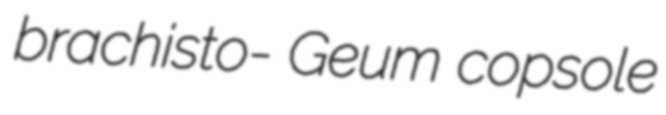
brachisto- Geum copsole